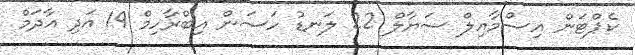
ކެޕްޓަން އިސްމާއިލް ސަޔާލް 22 ލަނޑު ހަސަން އިބްރާހިމް 19 އަދި އާދަމް